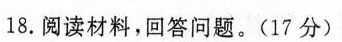
18.阅读材料，回答问题。(17分)